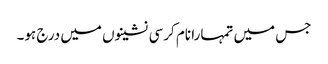
جس میں تمہارا نام کرسی نشینوں میں درج ہو۔